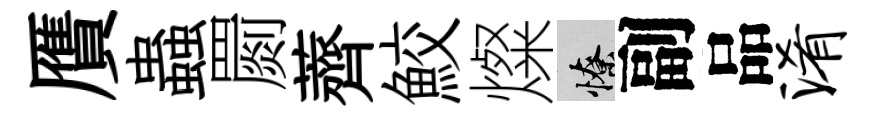
贋蟲罽薺鮫燦憭副品淆